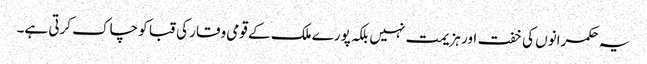
یہ حکمرانوں کی خفت اور ہزیمت نہیں بلکہ پورے ملک کے قومی وقار کی قبا کو چاک کرتی ہے۔